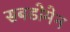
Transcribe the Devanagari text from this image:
सबडोमेन